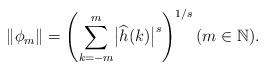
LaTeX: \begin{align*}\Vert\phi_m\Vert=\left(\sum_{k=-m}^m\bigl\vert\widehat{h}(k)\bigr\vert^s\right)^{1/s} (m\in\mathbb{N}).\end{align*}